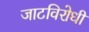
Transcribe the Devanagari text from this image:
जाटविरोधी